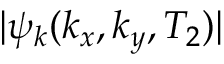
| \psi _ { k } ( k _ { x } , k _ { y } , T _ { 2 } ) |